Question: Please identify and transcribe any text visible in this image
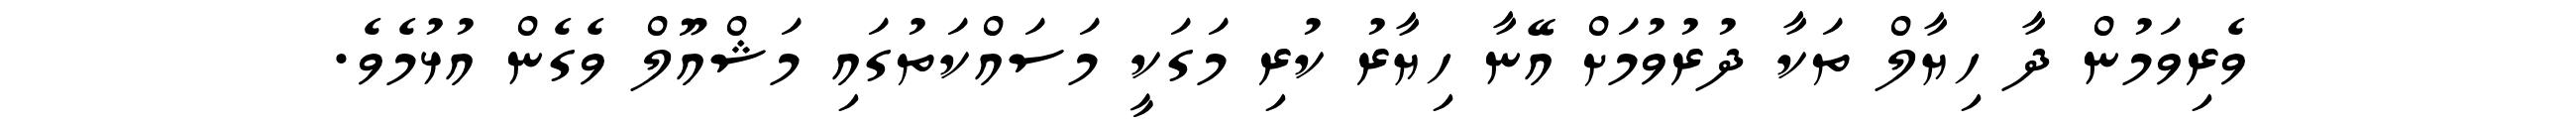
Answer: ވެރިވަމުން ދާ ހިޔާލް ތަކާ ދުރުވުމަށް އޭނާ ހިޔާރު ކުރި މަގަކީ މަސައްކަތުގައި މަޝްއޫލް ވެގެން އުޅުމެވެ.